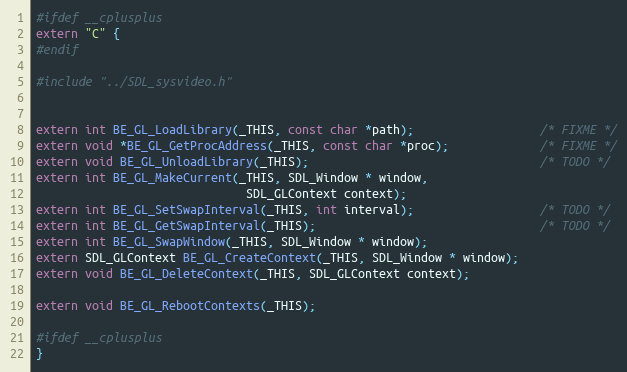
Language: C
#ifdef __cplusplus
extern "C" {
#endif

#include "../SDL_sysvideo.h"

extern int BE_GL_LoadLibrary(_THIS, const char *path);                  /* FIXME */
extern void *BE_GL_GetProcAddress(_THIS, const char *proc);             /* FIXME */
extern void BE_GL_UnloadLibrary(_THIS);                                 /* TODO */
extern int BE_GL_MakeCurrent(_THIS, SDL_Window * window,
                              SDL_GLContext context);
extern int BE_GL_SetSwapInterval(_THIS, int interval);                  /* TODO */
extern int BE_GL_GetSwapInterval(_THIS);                                /* TODO */
extern int BE_GL_SwapWindow(_THIS, SDL_Window * window);
extern SDL_GLContext BE_GL_CreateContext(_THIS, SDL_Window * window);
extern void BE_GL_DeleteContext(_THIS, SDL_GLContext context);

extern void BE_GL_RebootContexts(_THIS);

#ifdef __cplusplus
}